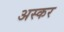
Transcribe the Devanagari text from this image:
अस्कर